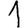
Digit: 1